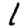
Digit: 1